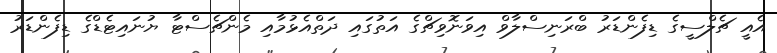
އެއީ ޗެލްސީގެ ޑިފެންޑަރު ބްރަނިސްލާވް އިވަނޮވިޗްގެ އަތުގައި ދަތްއެޅުމާއި މެންޗެސްޓާ ޔުނައިޓެޑްގެ ޑިފެންޑަރު